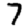
Digit: 7